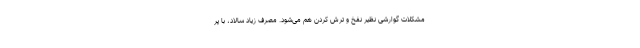
مشکلات گوارشی نظیر نفخ و ترش کردن هم می‌شود. مصرف زیاد سالاد، با پر